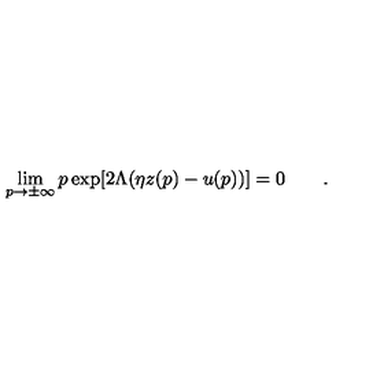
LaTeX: \lim _ { p \to \pm \infty } p \exp [ 2 \Lambda ( \eta z ( p ) - u ( p ) ) ] = 0 \qquad .